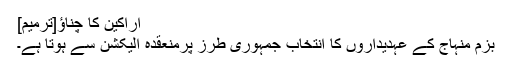
اراکین کا چناؤ[ترمیم]
بزم منہاج کے عہدیداروں کا انتخاب جمہوری طرز پرمنعقدہ الیکشن سے ہوتا ہے۔